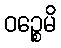
ဝဉ္စေမိ